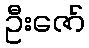
ဦးဇော်